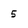
Character: 5